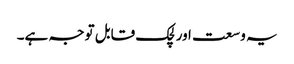
یہ وسعت اور لچک قابل توجہ ہے۔